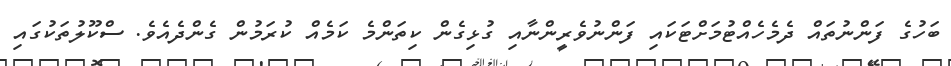
ބަހުގެ ފަންނުތައް ދެމެހެއްޓުމަށްޓަކައި ފަންނުވެރީންނާއި ގުޅިގެން ކިތަންމެ ކަމެއް ކުރަމުން ގެންދެއެވެ. ސްކޫލުތަކުގައި